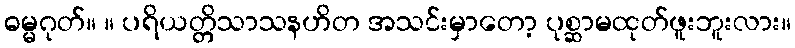
ဓမ္မဂုတ်။ ။ ပရိယတ္တိသာသနဟိတ အသင်းမှာတော့ ပုစ္ဆာမထုတ်ဖူးဘူးလား။